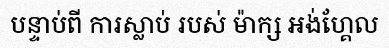
បន្ទាប់ពី ការស្លាប់ របស់ ម៉ាក្ស អង់ហ្គែល